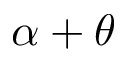
\alpha + \theta